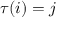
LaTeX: \tau ( i ) = j